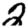
Digit: 2